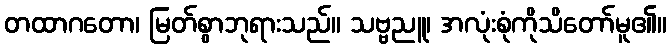
တထာဂတော၊ မြတ်စွာဘုရားသည်။ သဗ္ဗညူ၊ အလုံးစုံကိုသိတော်မူ၏။